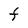
Character: t